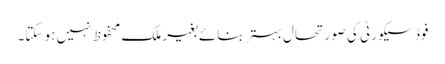
فوڈ سیکورٹی کی صورتحال بہتر بنائے بغیر ملک محفوظ نہیں ہو سکتا۔